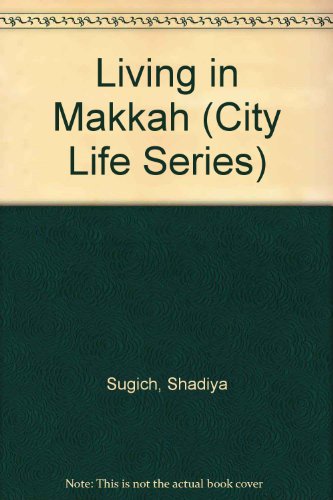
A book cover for Living in Makkah (City Life Series); Shadiya Sugich; Religion & Spirituality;